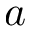
a